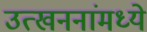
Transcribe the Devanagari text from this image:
उत्खननांमध्ये